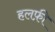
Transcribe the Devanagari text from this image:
हलफ़ी